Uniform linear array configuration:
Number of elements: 8
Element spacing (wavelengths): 1
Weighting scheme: hamming
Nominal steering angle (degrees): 60
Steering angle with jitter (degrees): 59.517
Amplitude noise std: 0.05
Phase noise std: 0.05

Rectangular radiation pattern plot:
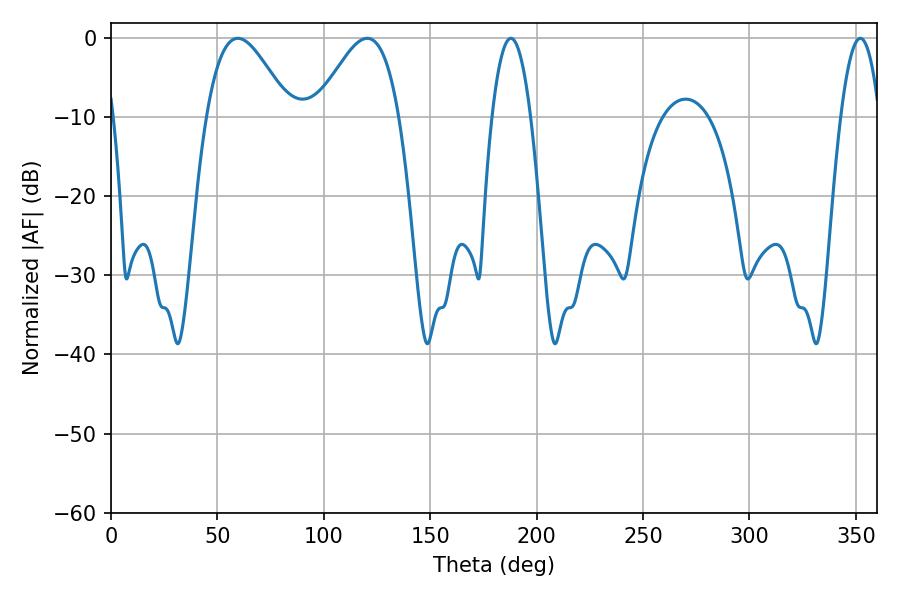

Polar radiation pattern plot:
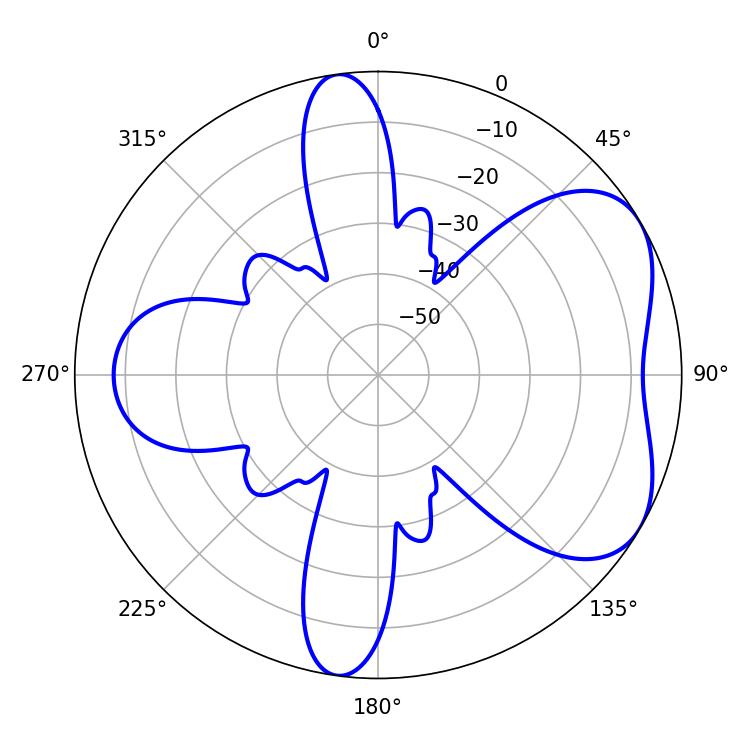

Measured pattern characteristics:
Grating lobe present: TRUE
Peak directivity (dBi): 5.211
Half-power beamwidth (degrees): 21.06
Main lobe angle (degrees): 59.58